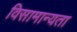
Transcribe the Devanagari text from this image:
विसामान्यता